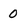
Character: 0